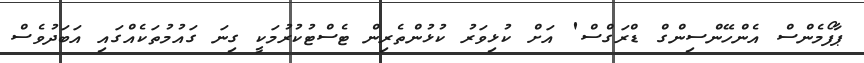
ޕާފޯމެންސް އެންހޭންސިންގް ޑްރަގްސް' އަށް ކުޅިވަރު ކުޅުންތެރިން ޓެސްޓުކުރުމަކީ ގިނަ ގައުމުތަކެއްގައި އަބަދުވެސް